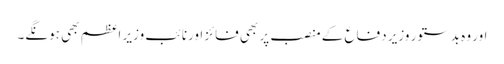
اور وہ بدستور وزیر دفاع کے منصب پر بھی فائز اورنائب وزیر اعظم بھی ہونگے۔